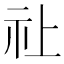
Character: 𮁞